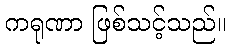
ကရုဏာ ဖြစ်သင့်သည်။